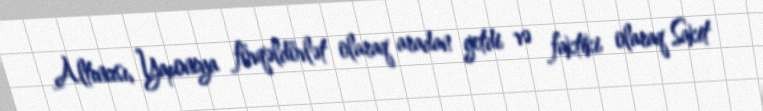
Altıncısı, Yaponiya fövqəldövlət olaraq aradan getdi və faktiki olaraq Sakit